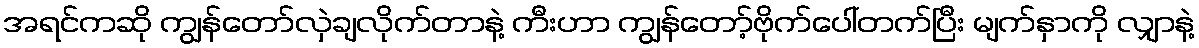
အရင်ကဆို ကျွန်တော်လှဲချလိုက်တာနဲ့ ကီးဟာ ကျွန်တော့်ဗိုက်ပေါ်တက်ပြီး မျက်နှာကို လျှာနဲ့